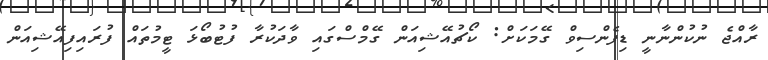
ރާއްޖެ ނުކުންނާނީ ޑިފެންސިވް ގޭމަކަށް: ކޯޗުއޭޝިއަން ގޭމްސްގައި ވާދަކުރާ ފުޓުބޯޅަ ޓީމުތައް ފުރައިފިއޭޝިއަން